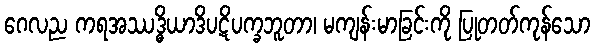
ဂေလည ကရအဿဒ္ဓိယာဒိပဋိပက္ခဘူတာ၊ မကျန်းမာခြင်းကို ပြုတတ်ကုန်သော